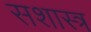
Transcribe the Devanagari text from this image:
सशास्त्र